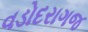
વડોદરાગજ